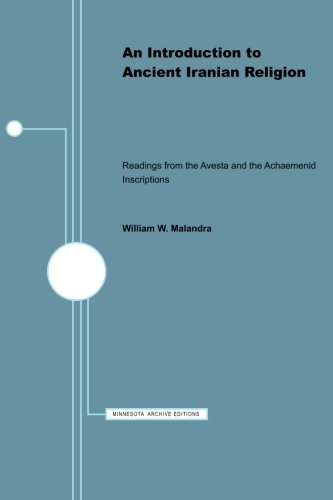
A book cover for An Introduction to Ancient Iranian Religion: Readings from the Avesta and the Achaemenid Inscriptions (Minnesota Publications in the Humanities); Religion & Spirituality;